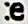
TE